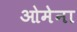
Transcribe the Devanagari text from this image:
ओमेना